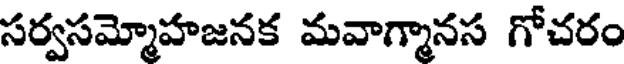
సర్వసమ్మోహజనక మవాగ్మానస గోచరం